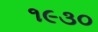
૧૯૩૦